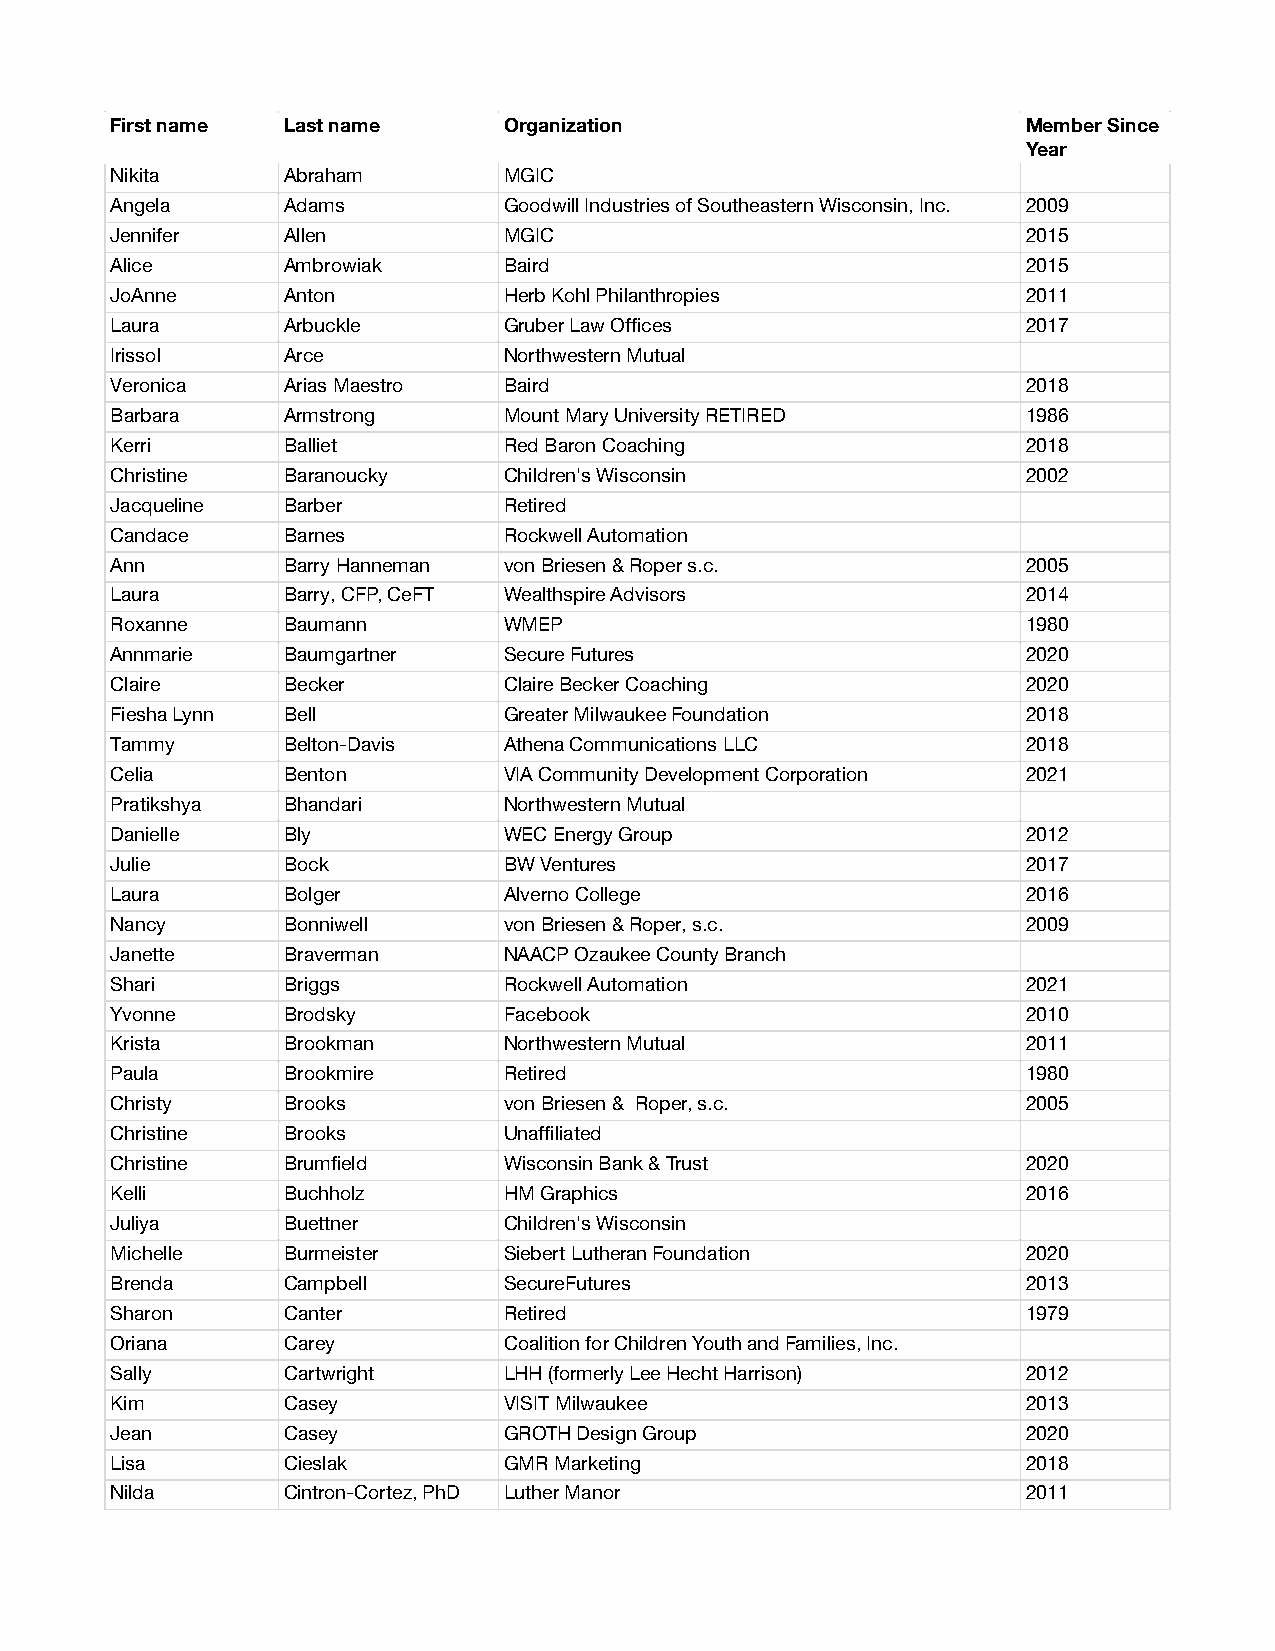
First name  Last name     Organization                       Member Since
 Year
 Nikita      Abraham       MGIC
 Angela      Adams         Goodwill Industries of Southeastern Wisconsin, Inc. 2009
 Jennifer    Allen         MGIC                               2015
 Alice       Ambrowiak     Baird                              2015
 JoAnne      Anton         Herb Kohl Philanthropies           2011
 Laura       Arbuckle      Gruber Law Offices                 2017
 Irissol     Arce          Northwestern Mutual
 Veronica    Arias Maestro Baird                              2018
 Barbara     Armstrong     Mount Mary University RETIRED      1986
 Kerri       Balliet       Red Baron Coaching                 2018
 Christine   Baranoucky    Children's Wisconsin               2002
 Jacqueline  Barber        Retired
 Candace     Barnes        Rockwell Automation
 Ann         Barry Hanneman von Briesen & Roper s.c.          2005
 Laura       Barry, CFP, CeFT Wealthspire Advisors            2014
 Roxanne     Baumann       WMEP                               1980
 Annmarie    Baumgartner   Secure Futures                     2020
 Claire      Becker        Claire Becker Coaching             2020
 Fiesha Lynn Bell          Greater Milwaukee Foundation       2018
 Tammy       Belton-Davis  Athena Communications LLC          2018
 Celia       Benton        VIA Community Development Corporation 2021
 Pratikshya  Bhandari      Northwestern Mutual
 Danielle    Bly           WEC Energy Group                   2012
 Julie       Bock          BW Ventures                        2017
 Laura       Bolger        Alverno College                    2016
 Nancy       Bonniwell     von Briesen & Roper, s.c.          2009
 Janette     Braverman     NAACP Ozaukee County Branch
 Shari       Briggs        Rockwell Automation                2021
 Yvonne      Brodsky       Facebook                           2010
 Krista      Brookman      Northwestern Mutual                2011
 Paula       Brookmire     Retired                            1980
 Christy     Brooks        von Briesen & Roper, s.c.          2005
 Christine   Brooks        Unaffiliated
 Christine   Brumfield     Wisconsin Bank & Trust             2020
 Kelli       Buchholz      HM Graphics                        2016
 Juliya      Buettner      Children's Wisconsin
 Michelle    Burmeister    Siebert Lutheran Foundation        2020
 Brenda      Campbell      SecureFutures                      2013
 Sharon      Canter        Retired                            1979
 Oriana      Carey         Coalition for Children Youth and Families, Inc.
 Sally       Cartwright    LHH (formerly Lee Hecht Harrison)  2012
 Kim         Casey         VISIT Milwaukee                    2013
 Jean        Casey         GROTH Design Group                 2020
 Lisa        Cieslak       GMR Marketing                      2018
 Nilda       Cintron-Cortez, PhD Luther Manor                 2011